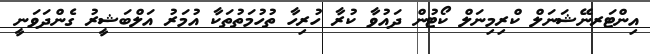
އިންޓަރނޭޝަނަލް ކްރިމިނަލް ކޯޓުން ދައުވާ ކުރާ ހުރިހާ ތުހުމަތުތަކާ އުމަރު އަލްބަޝީރު ގެންދަވަނީ